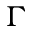
\Gamma